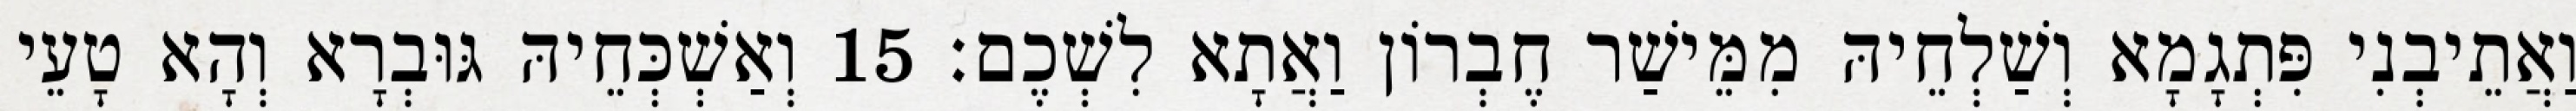
וַאֲתֵיבְנִי פִּתְגָמָא וְשַׁלְחֵיהּ מִמֵּישַׁר חֶבְרוֹן וַאֲתָא לִשְׁכֶם׃ 15 וְאַשְׁכְּחֵיהּ גּוּבְרָא וְהָא טָעֵי